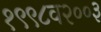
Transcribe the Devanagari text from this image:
१९९८व२००३